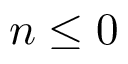
n \leq 0